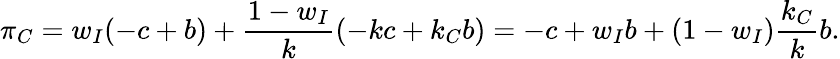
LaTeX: \pi_{C}=w_{I}(-c+b)+\frac{1-w_{I}}{k}(-kc+k_{C}b)=-c+w_{I}b+(1-w_{I})\frac{k_{C}}{k}b.